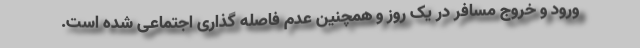
ورود و خروج مسافر در یک روز و همچنین عدم فاصله گذاری اجتماعی شده است.